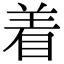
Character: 着